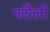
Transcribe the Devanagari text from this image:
नदौली